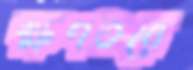
ক্ষণতরে